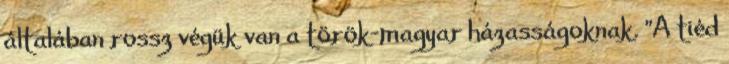
általában rossz végük van a török-magyar házasságoknak. "A tiéd